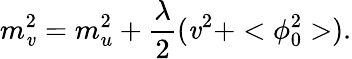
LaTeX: m_{\mathit{v}}^{2}=m_{u}^{2}+\frac{{\lambda}}{{2}}(\mathit{v}^{2}+<\phi_{0}^{2}>).